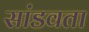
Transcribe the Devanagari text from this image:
सांडवता